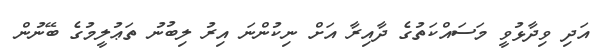
އަދި ވިދާޅުވީ މަސައްކަތުގެ ދާއިރާ އަށް ނިކުންނަ އިރު ލިބުނު ތަޢުލީމުގެ ބޭނުން